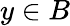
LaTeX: y\in B